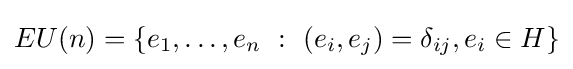
EU(n)=\left\{e_{1},\ldots ,e_{n}\ :\ (e_{i},e_{j})=\delta _{ij},e_{i}\in H\right\}